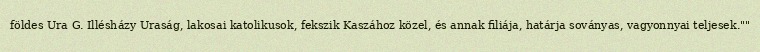
földes Ura G. Illésházy Uraság, lakosai katolikusok, fekszik Kaszához közel, és annak filiája, határja soványas, vagyonnyai teljesek.""